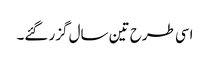
اسی طرح تین سال گزر گئے۔